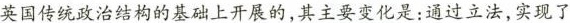
英国传统政治结构的基础上开展的，其主要变化是：通过立法，实现了